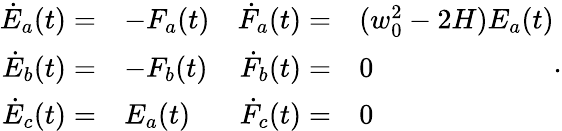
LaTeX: \begin{array}{rlrl}{\dot{E}_{a}(t)=}&{-F_{a}(t)}&{\dot{F}_{a}(t)=}&{(w_{0}^{2}-2H)E_{a}(t)}\\ {\dot{E}_{b}(t)=}&{-F_{b}(t)}&{\dot{F}_{b}(t)=}&{0}\\ {\dot{E}_{c}(t)=}&{E_{a}(t)}&{\dot{F}_{c}(t)=}&{0}\end{array}.